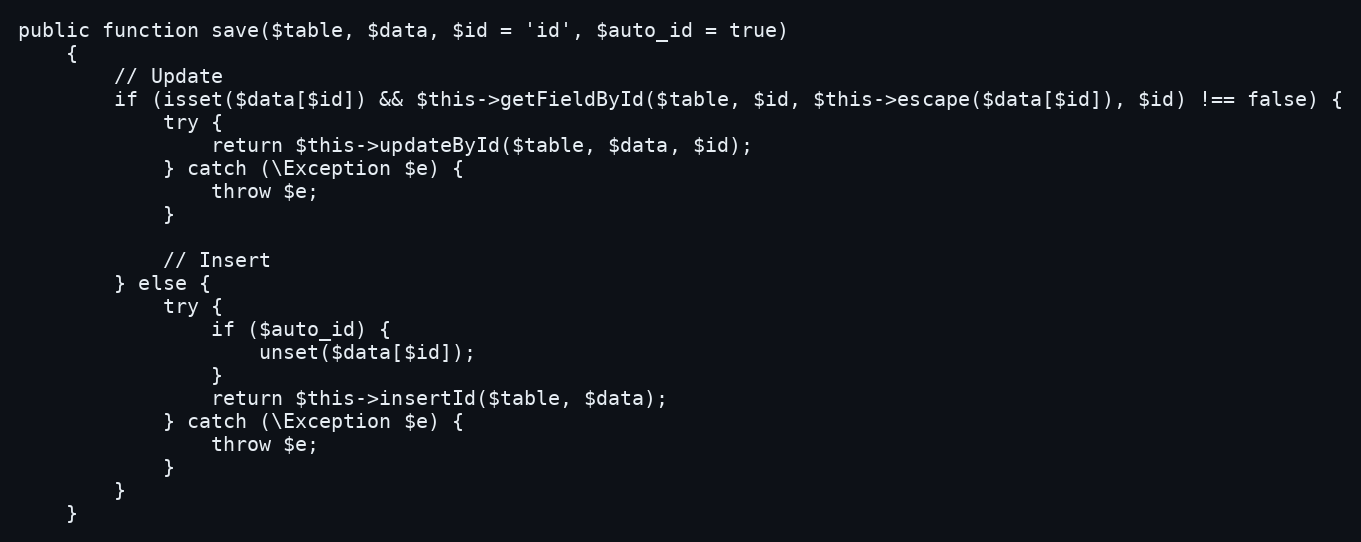
Language: PHP
public function save($table, $data, $id = 'id', $auto_id = true)
    {
        // Update
        if (isset($data[$id]) && $this->getFieldById($table, $id, $this->escape($data[$id]), $id) !== false) {
            try {
                return $this->updateById($table, $data, $id);
            } catch (\Exception $e) {
                throw $e;
            }

            // Insert
        } else {
            try {
                if ($auto_id) {
                    unset($data[$id]);
                }
                return $this->insertId($table, $data);
            } catch (\Exception $e) {
                throw $e;
            }
        }
    }